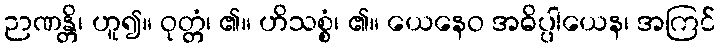
ဉာဏန္တိ၊ ဟူ၍။ ဝုတ္တံ၊ ၏။ ဟိသစ္စံ၊ ၏။ ယေနေဝ အဓိပ္ပါယေန၊ အကြင်